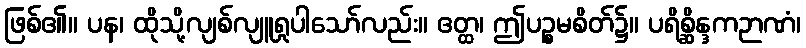
ဖြစ်၏။ ပန၊ ထိုသို့လျစ်လျူရှုပါသော်လည်း။ ဧတ္ထ၊ ဤပဉ္စမစိတ်၌။ ပရိစ္ဆိန္ဒကဉာဏံ၊